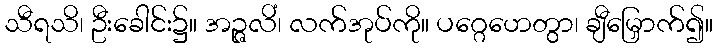
သီရသိ၊ ဦးခေါင်း၌။ အဉ္ဇလိံ၊ လက်အုပ်ကို။ ပဂ္ဂေဟေတွာ၊ ချီမြှောက်၍။